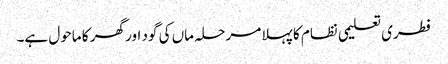
فطری تعلیمی نظام کا پہلا مرحلہ ماں کی گود اور گھر کا ماحول ہے۔